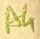
Text: A4